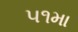
૫૧મા